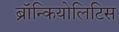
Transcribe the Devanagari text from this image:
ब्रॉन्कियोलिटिस